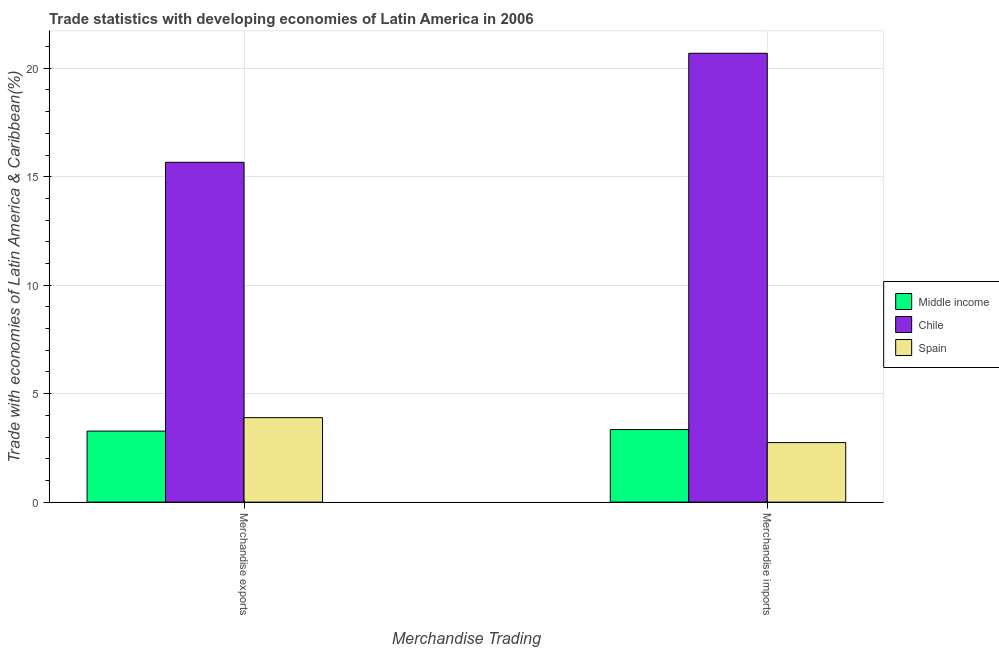
| Merchandise Trading | Middle income | Chile | Spain |
 | --- | --- | --- | --- |
 | Merchandise exports | 3.27 | 15.7 | 3.89 |
 | Merchandise imports | 3.35 | 20.7 | 2.75 |